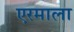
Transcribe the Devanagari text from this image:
एरमाला